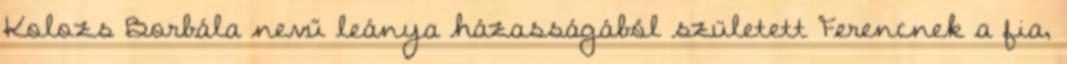
Kolozs Borbála nevű leánya házasságából született Ferencnek a fia,